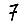
Digit: 7